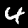
Label: 4